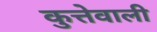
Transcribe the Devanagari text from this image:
कुत्तेवाली